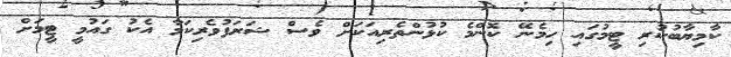
ކާމިޔާބުކުރި ޓީމުގައި ހިމެނޭ ކޮންމެ ކުޅުންތެރިއަކަށް ވެސް ޝަރަފުވެރިކަމާ އެކު ގައުމީ ޓީމަށް